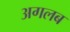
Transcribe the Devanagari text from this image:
अगलब